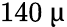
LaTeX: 140~\upmu